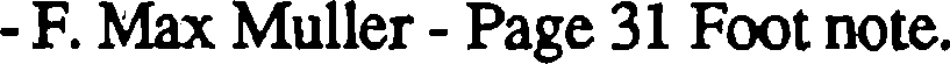
- F. Max Muller - Page 31 Foot note.